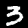
Digit: 3